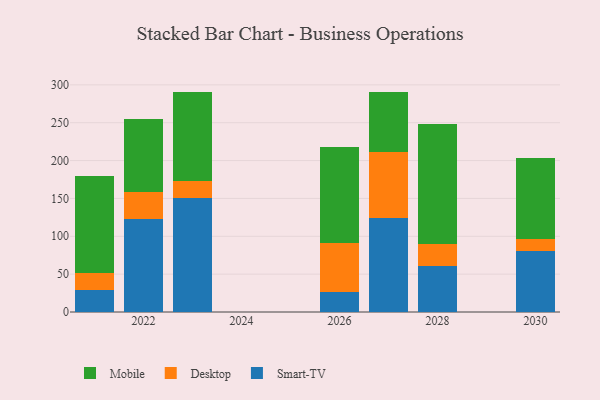
{"axis": {"x": "Year", "y": "Tickets Resolved"}, "legend": ["Desktop", "Mobile", "Smart-TV"], "data": [{"x": "2027", "y": 123.5, "type": "Smart-TV"}, {"x": "2027", "y": 87.5, "type": "Desktop"}, {"x": "2027", "y": 80.1, "type": "Mobile"}, {"x": "2028", "y": 61.4, "type": "Smart-TV"}, {"x": "2028", "y": 28.7, "type": "Desktop"}, {"x": "2028", "y": 157.7, "type": "Mobile"}, {"x": "2022", "y": 122.9, "type": "Smart-TV"}, {"x": "2022", "y": 35.6, "type": "Desktop"}, {"x": "2022", "y": 95.8, "type": "Mobile"}, {"x": "2026", "y": 25.9, "type": "Smart-TV"}, {"x": "2026", "y": 65.9, "type": "Desktop"}, {"x": "2026", "y": 125.5, "type": "Mobile"}, {"x": "2021", "y": 29.2, "type": "Smart-TV"}, {"x": "2021", "y": 22.6, "type": "Desktop"}, {"x": "2021", "y": 127.4, "type": "Mobile"}, {"x": "2030", "y": 81.2, "type": "Smart-TV"}, {"x": "2030", "y": 14.7, "type": "Desktop"}, {"x": "2030", "y": 107.7, "type": "Mobile"}, {"x": "2023", "y": 150.1, "type": "Smart-TV"}, {"x": "2023", "y": 22.6, "type": "Desktop"}, {"x": "2023", "y": 117.6, "type": "Mobile"}]}